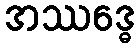
အဿဒ္ဓေ